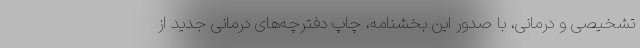
تشخیصی و درمانی، با صدور این بخشنامه، چاپ دفترچه‌های درمانی جدید از